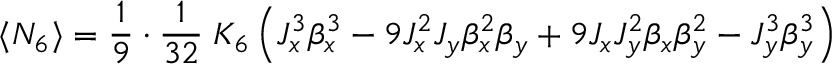
\langle N _ { 6 } \rangle = \frac { 1 } { 9 } \cdot \frac { 1 } { 3 2 } \; K _ { 6 } \left( J _ { x } ^ { 3 } \beta _ { x } ^ { 3 } - 9 J _ { x } ^ { 2 } J _ { y } \beta _ { x } ^ { 2 } \beta _ { y } + 9 J _ { x } J _ { y } ^ { 2 } \beta _ { x } \beta _ { y } ^ { 2 } - J _ { y } ^ { 3 } \beta _ { y } ^ { 3 } \right)